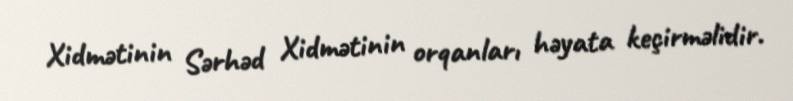
Xidmətinin Sərhəd Xidmətinin orqanları həyata keçirməlidir.